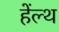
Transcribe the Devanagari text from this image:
हेंल्थ